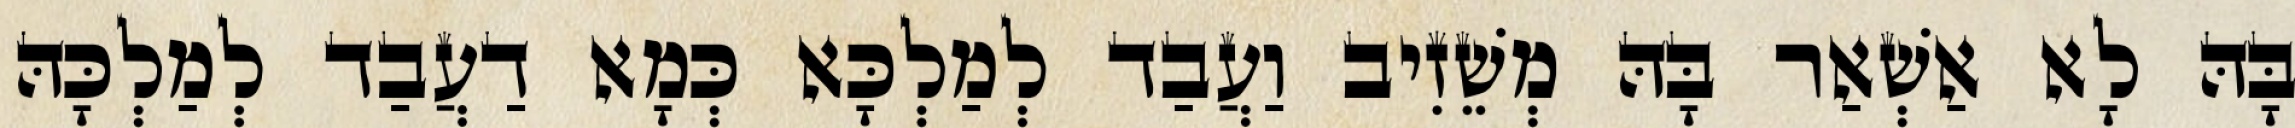
בָּהּ לָא אַשְׁאַר בָּהּ מְשֵׁזִיב וַעֲבַד לְמַלְכָּא כְּמָא דַעֲבַד לְמַלְכָּהּ